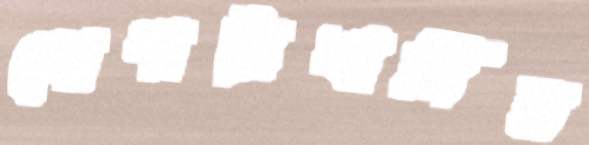
দোপাট্টাখানির